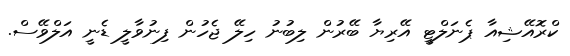
ކްރޮއޭޝިއާ ޕެނަލްޓީ އޭރިޔާ ބޭރުން ލިބުނު ހިލޭ ޖެހުން ފިނުވާލީ ޑެނީ އަލްވޭސް.